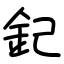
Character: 𨥈